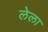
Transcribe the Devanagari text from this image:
लेला